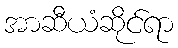
အာဆီယံဆိုင်ရာ